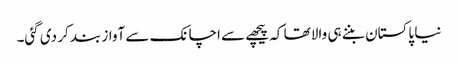
نیا پاکستان بننے ہی والا تھا کہ پیچھے سے اچانک سے آواز بند کر دی گئی۔